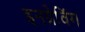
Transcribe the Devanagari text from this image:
इनग्रेविंग